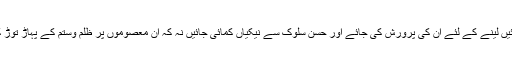
معصوم بچوں کی دعائیں لینے کے لئے ان کی پرورش کی جائے اور حسن سلوک سے نیکیاں کمائی جائیں نہ کہ ان معصوموں پر ظلم وستم کے پہاڑ توڑ کے جہنم خریدا جائے۔